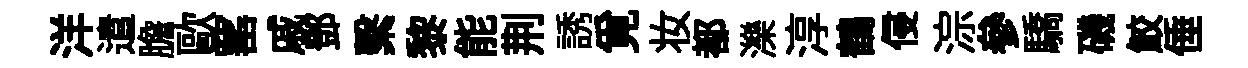
洋遣膽歐窰戚鄧繫黎能荆誘覓妆都濼淳鶴侵淙參驕磯鮫倕